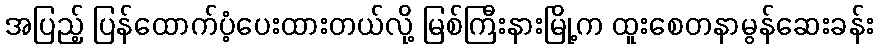
အပြည့် ပြန်ထောက်ပံ့ပေးထားတယ်လို့ မြစ်ကြီးနားမြို့က ထူးစေတနာမွန်ဆေးခန်း